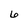
Character: 6